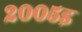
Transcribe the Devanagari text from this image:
२००५इ